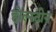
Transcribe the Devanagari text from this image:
होल्स्टीन